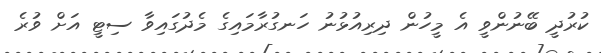
ކުރުދީ ބޭނުންވީ އެ މީހުން ދިރިއުޅުނު ހަނގުރާމައިގެ މެދުގައިވާ ސިޓީ އަށް ވުރެ